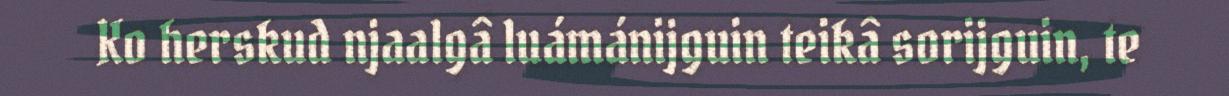
Ko herskud njaalgâ luámánijguin teikâ sorijguin, te